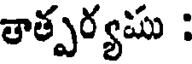
తాత్పర్యము :